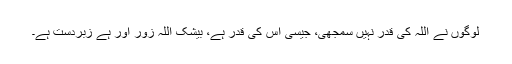
لوگوں نے اللہ کی قدر نہیں سمجھی، جیسی اس کی قدر ہے، بیشک اللہ زور آور ہے زبردست ہے۔